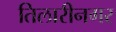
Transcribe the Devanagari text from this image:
तिलारीनगर